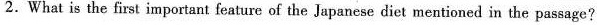
2.What is the first important feature of the Japanese diet mentioned in the passage?